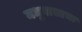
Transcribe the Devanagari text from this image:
मधुबालाचा